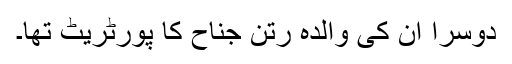
دوسرا ان کی والدہ رتن جناح کا پورٹریٹ تھا۔